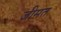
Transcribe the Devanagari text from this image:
जीमत